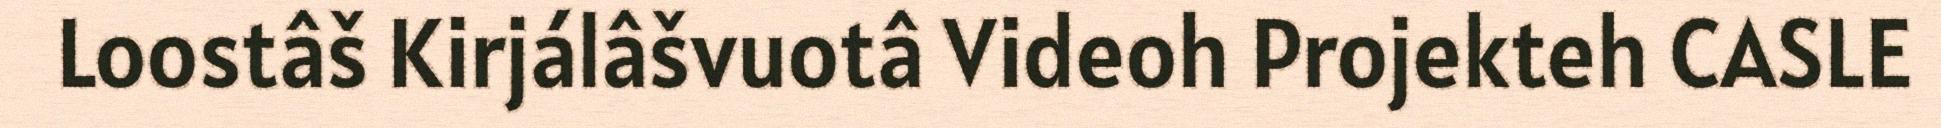
Loostâš Kirjálâšvuotâ Videoh Projekteh CASLE